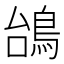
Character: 𱈥